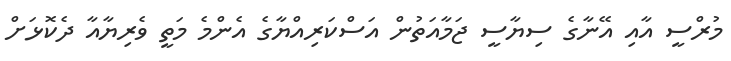
މުރްސީ އާއި އޭނާގެ ސިޔާސީ ޖަމާއަތުން އަސްކަރިއްޔާގެ އެންމެ މަތީ ވެރިޔާއާ ދެކޮޅަށް